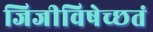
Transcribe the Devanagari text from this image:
जिजीविषेच्छतं